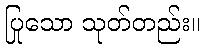
ပြုသော သုတ်တည်း။